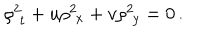
\rho _ { \, \, t } ^ { 2 } + u \rho _ { \, \, x } ^ { 2 } + v \rho _ { \, \, y } ^ { 2 } = 0 \, .